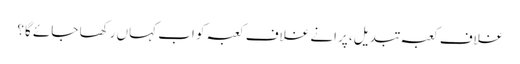
غلاف کعبہ تبدیل، پرانے غلاف کعبہ کو اب کہاں رکھا جائے گا؟